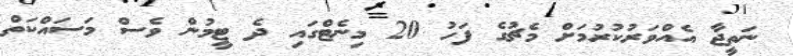
ނަތީޖާ އެއްވަރުކުރުމަށް މެޗުގެ ފަހު 20 މިނެޓްގައި ދެ ޓީމުން ވެސް މަސައްކަތް